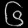
Digit: ၆